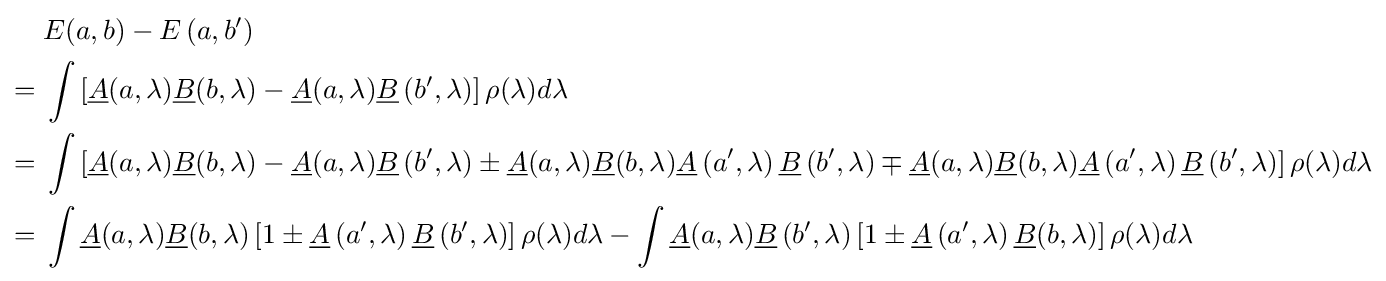
{\begin{aligned}&E(a,b)-E\left(a,b'\right)\\={}&\int \left[{\underline {A}}(a,\lambda ){\underline {B}}(b,\lambda )-{\underline {A}}(a,\lambda ){\underline {B}}\left(b',\lambda \right)\right]\rho (\lambda )d\lambda \\={}&\int \left[{\underline {A}}(a,\lambda ){\underline {B}}(b,\lambda )-{\underline {A}}(a,\lambda ){\underline {B}}\left(b',\lambda \right)\pm {\underline {A}}(a,\lambda ){\underline {B}}(b,\lambda ){\underline {A}}\left(a',\lambda \right){\underline {B}}\left(b',\lambda \right)\mp {\underline {A}}(a,\lambda ){\underline {B}}(b,\lambda ){\underline {A}}\left(a',\lambda \right){\underline {B}}\left(b',\lambda \right)\right]\rho (\lambda )d\lambda \\={}&\int {\underline {A}}(a,\lambda ){\underline {B}}(b,\lambda )\left[1\pm {\underline {A}}\left(a',\lambda \right){\underline {B}}\left(b',\lambda \right)\right]\rho (\lambda )d\lambda -\int {\underline {A}}(a,\lambda ){\underline {B}}\left(b',\lambda \right)\left[1\pm {\underline {A}}\left(a',\lambda \right){\underline {B}}(b,\lambda )\right]\rho (\lambda )d\lambda \end{aligned}}